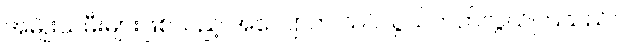
အမျိုးသမီးများဖြစ်သည့် အလျောက် သင်လွယ်တတ်လွယ်ကြသည်။